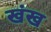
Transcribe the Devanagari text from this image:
खंख